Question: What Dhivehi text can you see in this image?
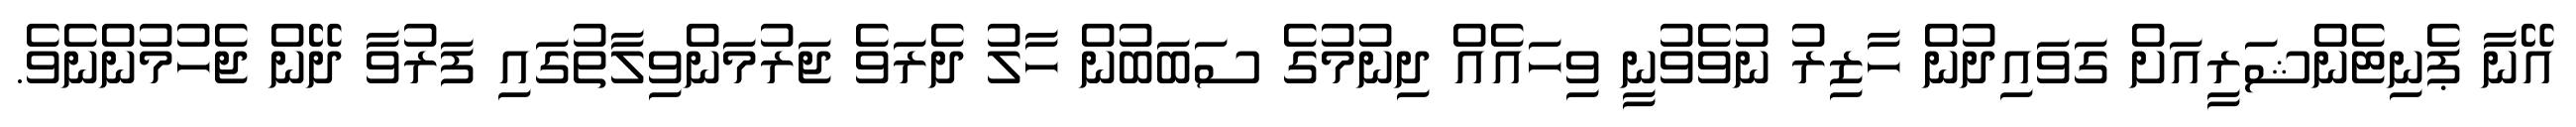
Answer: އޭނާ ޕެނިޓެންޝަރީއަށް ގަވައިދުން ހާޒިރު ނުވެވުނީ ވިހައެއް ދިނުމުގެ ސަބަބުން ހާލު ދެރަވެ ޖަރުމަންވިލާތުގައި ފަރުވާ ދޭން ޖެހުމުންނެވެ.